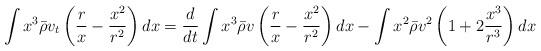
LaTeX: \begin{align*}\int x^3 \bar\rho v_t \left( \frac{r}{x}-\frac{x^2}{r^2}\right)dx =\frac{d}{dt}\int x^3 \bar\rho v \left( \frac{r}{x}-\frac{x^2}{r^2}\right)dx - \int x^2 \bar\rho v^2 \left( 1+2 \frac{x^3}{r^3}\right)dx\end{align*}